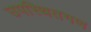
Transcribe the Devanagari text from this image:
उपस्थितगण